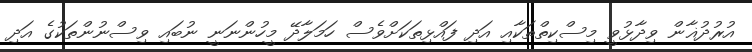
އުރުދުޣާން ވިދާޅުވީ މިސްކިތްތަކާއި އަދި ފައްޅިތަކަށްވެސް ހަމަލާދޭ މީހުންނަނީ ނުބައި ވިސްނުންތަކުގެ އަދި